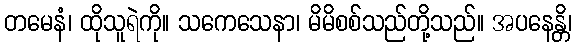
တမေနံ၊ ထိုသူရဲကို။ သကေသေနာ၊ မိမိစစ်သည်တို့သည်။ အပနေန္တိ၊